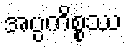
အပ္ပကိစ္စဿ